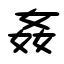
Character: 姦